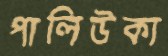
পালিউকা